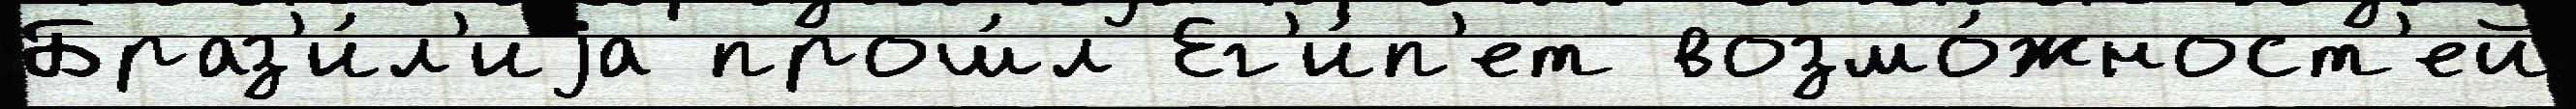
Браз'и́л'иjа прош́л Ег'и́п'ет возмо́жност'ей